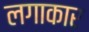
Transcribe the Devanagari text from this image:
लगाकार